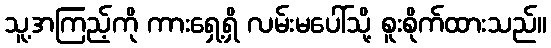
သူ့အကြည့်ကို ကားရှေ့ရှိ လမ်းမပေါ်သို့ စူးစိုက်ထားသည်။